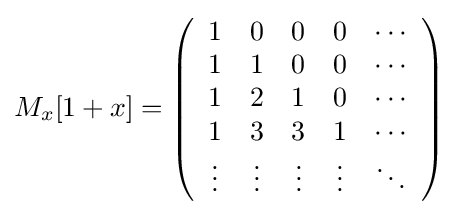
M_{x}[1+x]=\left({\begin{array}{ccccc}1&0&0&0&\cdots \\1&1&0&0&\cdots \\1&2&1&0&\cdots \\1&3&3&1&\cdots \\\vdots &\vdots &\vdots &\vdots &\ddots \end{array}}\right)